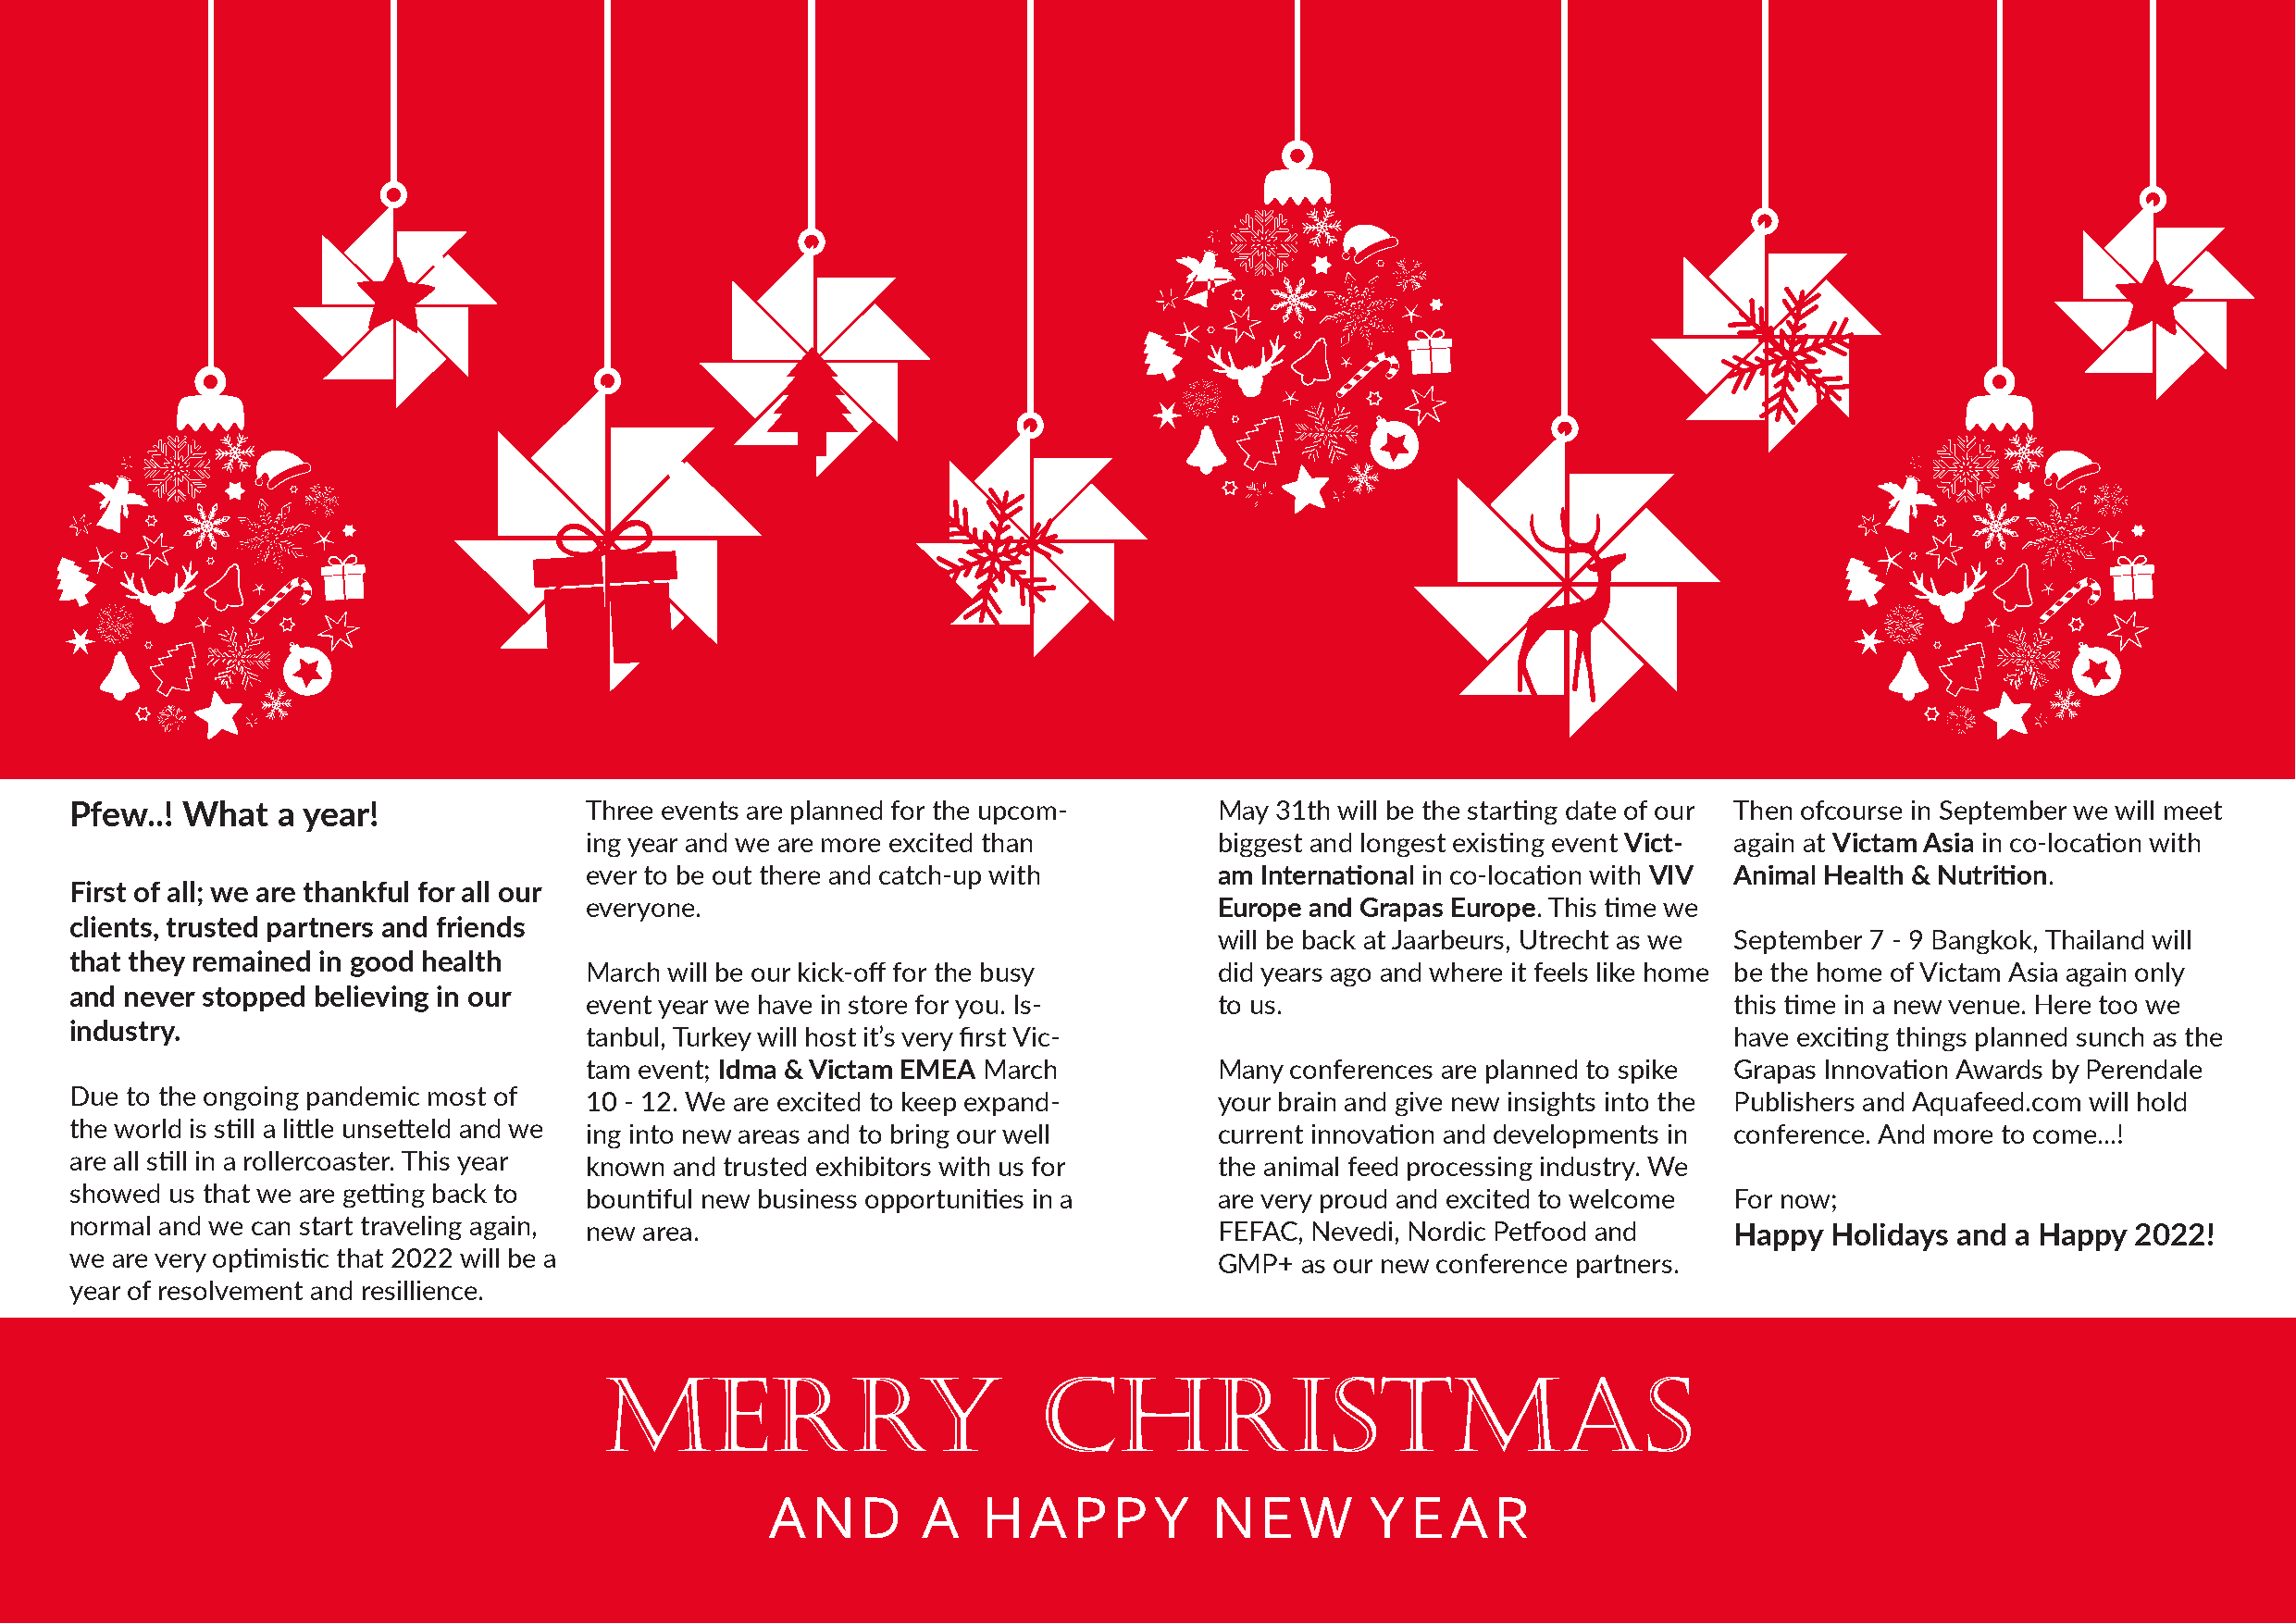
Victam                                                             December   Newsletter
 Pfew..! What   a year!               Three events are planned for the upcom-      May 31th will be the starting date of our Then ofcourse in September we will meet
 ing year and we are more excited than        biggest and longest existing event Vict- again at Victam Asia in co-location with
 ever to be out there and catch-up with       am International in co-location with VIV Animal Health & Nutrition.
 First of all; we are thankful for all our
 everyone.                                    Europe and Grapas Europe. This time we
 clients, trusted partners and friends
 will be back at Jaarbeurs, Utrecht as we September 7 - 9 Bangkok, Thailand will
 that they remained in good health
 March will be our kick-off for the busy      did years ago and where it feels like home be the home of Victam Asia again only
 and never stopped believing in our
 event year we have in store for you. Is-     to us.                               this time in a new venue. Here too we
 industry.
 tanbul, Turkey will host it’s very first Vic-                                     have exciting things planned sunch as the
 tam event; Idma & Victam EMEA March          Many conferences are planned to spike Grapas Innovation Awards by Perendale
 Due to the ongoing pandemic most of  10 - 12. We are excited to keep expand-      your brain and give new insights into the Publishers and Aquafeed.com will hold
 the world is still a little unsetteld and we ing into new areas and to bring our well current innovation and developments in conference. And more to come...!
 are all still in a rollercoaster. This year known and trusted exhibitors with us for the animal feed processing industry. We
 showed us that we are getting back to bountiful new business opportunities in a   are very proud and excited to welcome For now;
 normal and we can start traveling again, new area.                                FEFAC, Nevedi, Nordic Petfood and    Happy  Holidays and a Happy  2022!
 we are very optimistic that 2022 will be a                                        GMP+  as our new conference partners.
 year of resolvement and resillience.